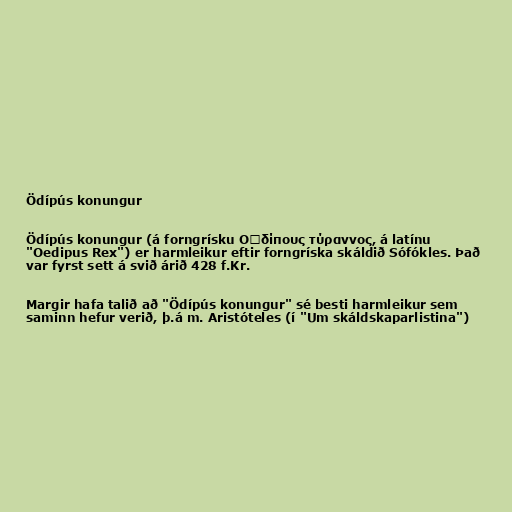
Ödípús konungur

Ödípús konungur (á forngrísku Oἰδίπoυς τύραννoς, á latínu
"Oedipus Rex") er harmleikur eftir forngríska skáldið Sófókles. Það
var fyrst sett á svið árið 428 f.Kr.

Margir hafa talið að "Ödípús konungur" sé besti harmleikur sem
saminn hefur verið, þ.á m. Aristóteles (í "Um skáldskaparlistina")